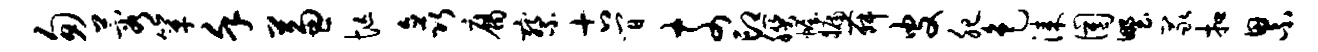
匆蓉箪堇兼忙矗腐察古间奈印朕幄牖舞皮肥色漆圉野冢扣累